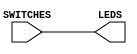
`timescale 1ns / 1ps
// map switches to LEDs

module switch(SWITCHES, LEDS);
    input [3:0] SWITCHES;
    output [3:0] LEDS;
    assign LEDS[3:0] = SWITCHES[3:0];
endmodule